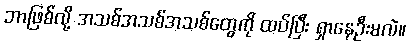
ဘာဖြစ်လို့ အသစ်အသစ်အသစ်တွေကို ထပ်ပြီး ရှာနေဦးမလဲ။